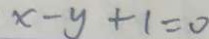
x - y + 1 = 0